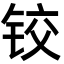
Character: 铰